Indian journal of veterinary science and animal husbandry - Volumes 22-23, 1952-1953
Year: 1952
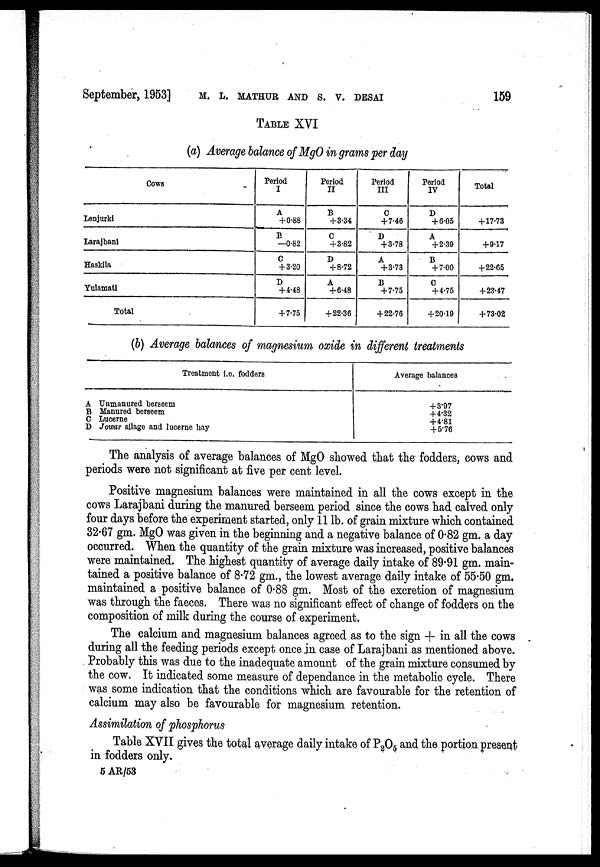
September, 1953] M. L. MATHUR AND S. V. DESAI 159
TABLE XVI
(a) Average balance of MgO in grams per day
Cows
Lenjurki
Larajbani
Haskila
Yulamati
Total
Period
I
A
+ 0.88
B
—0.82
C
+ 3.20
D
+ 4.48
+ 7.75
Period
II
B
+ 3.34
C
+ 3.82
D
+ 8.72
A
+ 6.48
+ 22.36
Period
III
C
+ 7.46
D
+ 3.78
A
+ 3.73
B
+ 7.75
+ 22.76
Period
IV
D
+ 6.05
A
+ 2.39
B
+ 7.00
C
+ 4.75
+ 20.19
Total
+ 17.73
+ 9.17
+ 22.65
+ 23.47
+ 73.02
(b) Average balances of magnesium oxide in different treatments
Treatment i.e. fodders
A Unmanured berseem
B Manured berseem
C Lucerne
D Jowar silage and lucerne hay
Average balances
+ 3.97
+ 4.32
+ 4.81
+ 5.76
The analysis of average balances of MgO showed that the fodders, cows and
periods were not significant at five per cent level.
Positive magnesium balances were maintained in all the cows except in the
cows Larajbani during the manured berseem period since the cows had calved only
four days before the experiment started, only 11 lb. of grain mixture which contained
32.67 gm. MgO was given in the beginning and a negative balance of 0.82 gm. a day
occurred. When the quantity of the grain mixture was increased, positive balances
were maintained. The highest quantity of average daily intake of 89.91 gm. main-
tained a positive balance of 8.72 gm., the lowest average daily intake of 55.50 gm.
maintained a positive balance of 0.88 gm. Most of the excretion of magnesium
was through the faeces. There was no significant effect of change of fodders on the
composition of milk during the course of experiment.
The calcium and magnesium balances agreed as to the sign + in all the cows
during all the feeding periods except once in case of Larajbani as mentioned above.
Probably this was due to the inadequate amount of the grain mixture consumed by
the cow. It indicated some measure of dependance in the metabolic cycle. There
was some indication that the conditions which are favourable for the retention of
calcium may also be favourable for magnesium retention.
Assimilation of phosphorus
Table XVII gives the total average daily intake of P 2 O 5 and the portion present
in fodders only.
5 AR/53